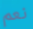
نعم